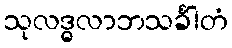
သုလဒ္ဓလာဘသင်္ခါတံ